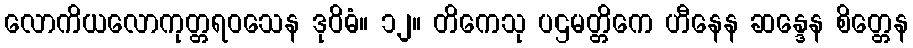
လောကိယလောကုတ္တရဝသေန ဒုဝိဓံ။ ၁၂။ တိကေသု ပဌမတ္တိကေ ဟီနေန ဆန္ဒေန စိတ္တေန